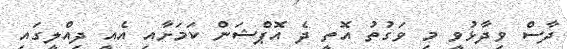
ދާސް ވިދާޅުވީ މި ވަގުތު އޮތީ ދެ އޮޕްޝަން ކަމަށާއި އެއީ ދިއްލީގައި